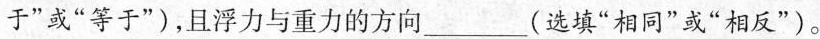
于”或”等于”)，且浮力与重力的方向___(选填”相同”或”相反”)。